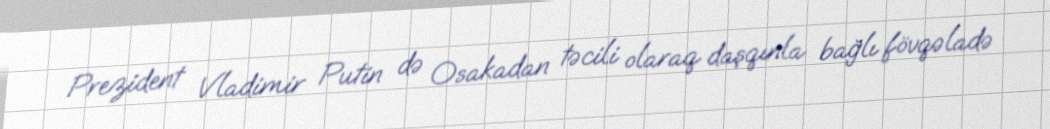
Prezident Vladimir Putin də Osakadan təcili olaraq daşqınla bağlı fövqəladə